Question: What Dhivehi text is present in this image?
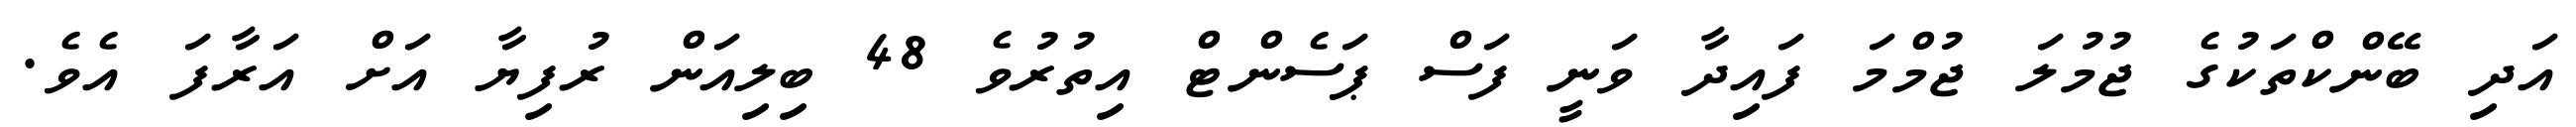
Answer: އަދި ބޭންކްތަކުގެ ޖުމުލަ ޖުމްމަ ފައިދާ ވަނީ ފަސް ޕަސެންޓް އިތުރުވެ 48 ބިލިއަން ރުފިޔާ އަށް އަރާފަ އެވެ.